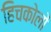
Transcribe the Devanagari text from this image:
हिचकोलों